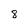
Character: 8